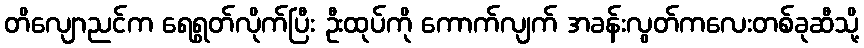
တိလျောညင်က ရေရွတ်လိုက်ပြီး ဦးထုပ်ကို ကောက်လျက် အခန်းလွတ်ကလေးတစ်ခုဆီသို့